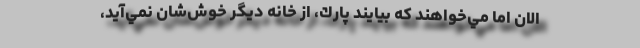
الان اما مي‌خواهند كه بيايند پارك، از خانه ديگر خوش‌شان نمي‌آيد،